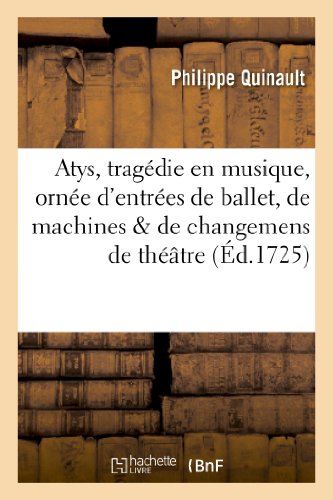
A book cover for Atys, Tragedie En Musique, Ornee D'Entrees de Ballet, de Machines, de Changemens de Theatre (Litterature) (French Edition); Philippe Quinault; Literature & Fiction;